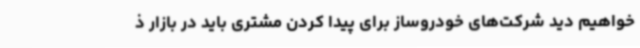
خواهیم دید شرکت‌های خودروساز برای پیدا کردن مشتری باید در بازار ذ